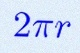
2\pi r